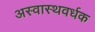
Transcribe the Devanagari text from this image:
अस्वास्थवर्धक